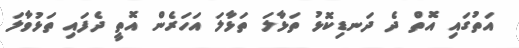
އަތުގައި އޮތް ދެ ދަނޑިކޮޅު ތަޅާލަ ތަޅާލަ އަހަރެން އޮތީ ދެފައި ތަޅުވާލަ